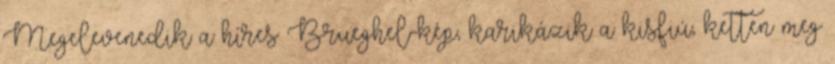
Megelevenedik a híres Brueghel-kép, karikázik a kisfiú, ketten meg